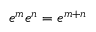
e ^ { m } e ^ { n } = e ^ { m + n }